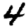
Digit: 4